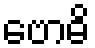
ဗောဓိ